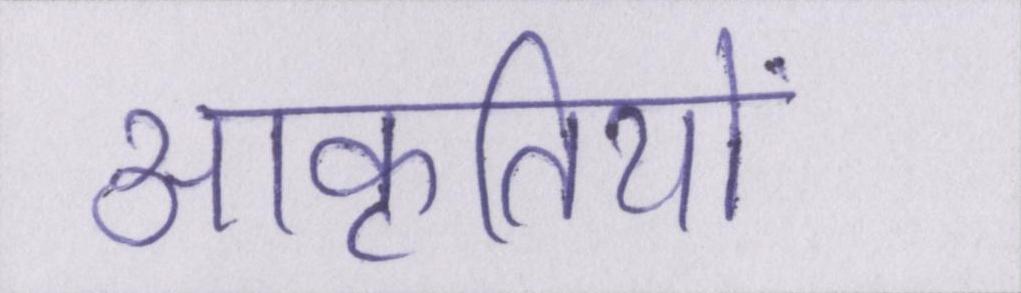
आकृतियों